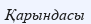
Қарындасы